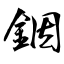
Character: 銦